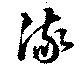
流